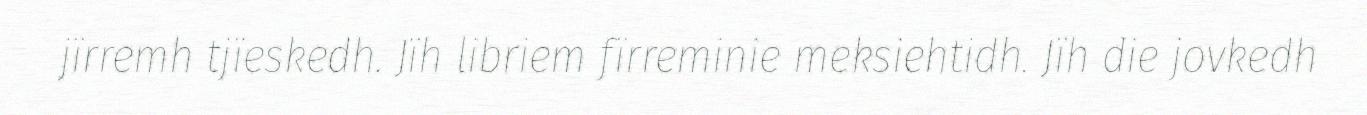
jïrremh tjïeskedh. Jïh libriem fïrreminie meksiehtidh. Jïh die jovkedh